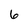
Character: 6